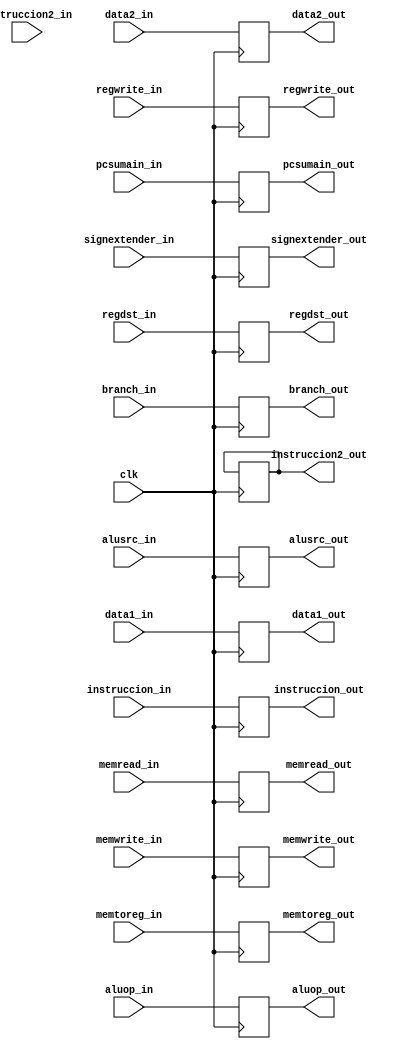
module buffer2(
	input clk,
	input regwrite_in,
	input memtoreg_in,
	input memwrite_in,
	input memread_in,
	input branch_in,
	input [2:0]aluop_in,
	input alusrc_in,
	input regdst_in,
	input [31:0]pcsumain_in,
	input [31:0]data1_in,
	input [31:0]data2_in,
	input [31:0]signextender_in,
	input [4:0]instruccion_in,
	input [4:0]instruccion2_in,
	
	output reg regwrite_out,
	output reg memtoreg_out,
	output reg memwrite_out,
	output reg memread_out,
	output reg branch_out,
	output reg[2:0]aluop_out,
	output reg alusrc_out,
	output reg regdst_out,
	output reg[31:0]pcsumain_out,
	output reg[31:0]data1_out,
	output reg[31:0]data2_out,
	output reg[31:0]signextender_out,
	output reg[4:0]instruccion_out,
	output reg[4:0]instruccion2_out
);

always @(posedge clk)
	begin
	regwrite_out = regwrite_in;
	memtoreg_out = memtoreg_in;
	memwrite_out = memwrite_in;
	memread_out = memread_in;
	branch_out = branch_in;
	aluop_out = aluop_in;
	alusrc_out = alusrc_in;
	regdst_out = regdst_in;
	pcsumain_out = pcsumain_in;
	data1_out = data1_in;
	data2_out = data2_in;
	signextender_out = signextender_in;
	instruccion_out = instruccion_in;
	instruccion2_out = instruccion2_out;
	end 

endmodule